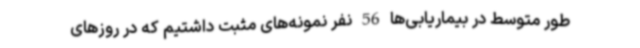
طور متوسط در بیماریابی‌ها 56 نفر نمونه‌های مثبت داشتیم که در روزهای